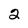
Character: 2